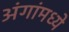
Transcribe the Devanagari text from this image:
अंगांमध्ये